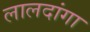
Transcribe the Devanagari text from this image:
लालदांगा